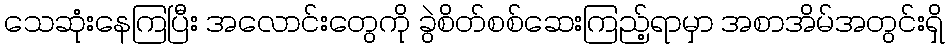
သေဆုံးနေကြပြီး အလောင်းတွေကို ခွဲစိတ်စစ်ဆေးကြည့်ရာမှာ အစာအိမ်အတွင်းရှိ